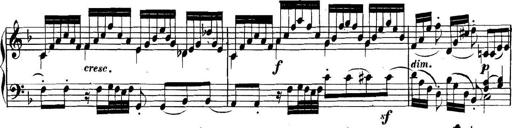
Title: Collected Piano Sonatas
Composer: Muzio Clementi